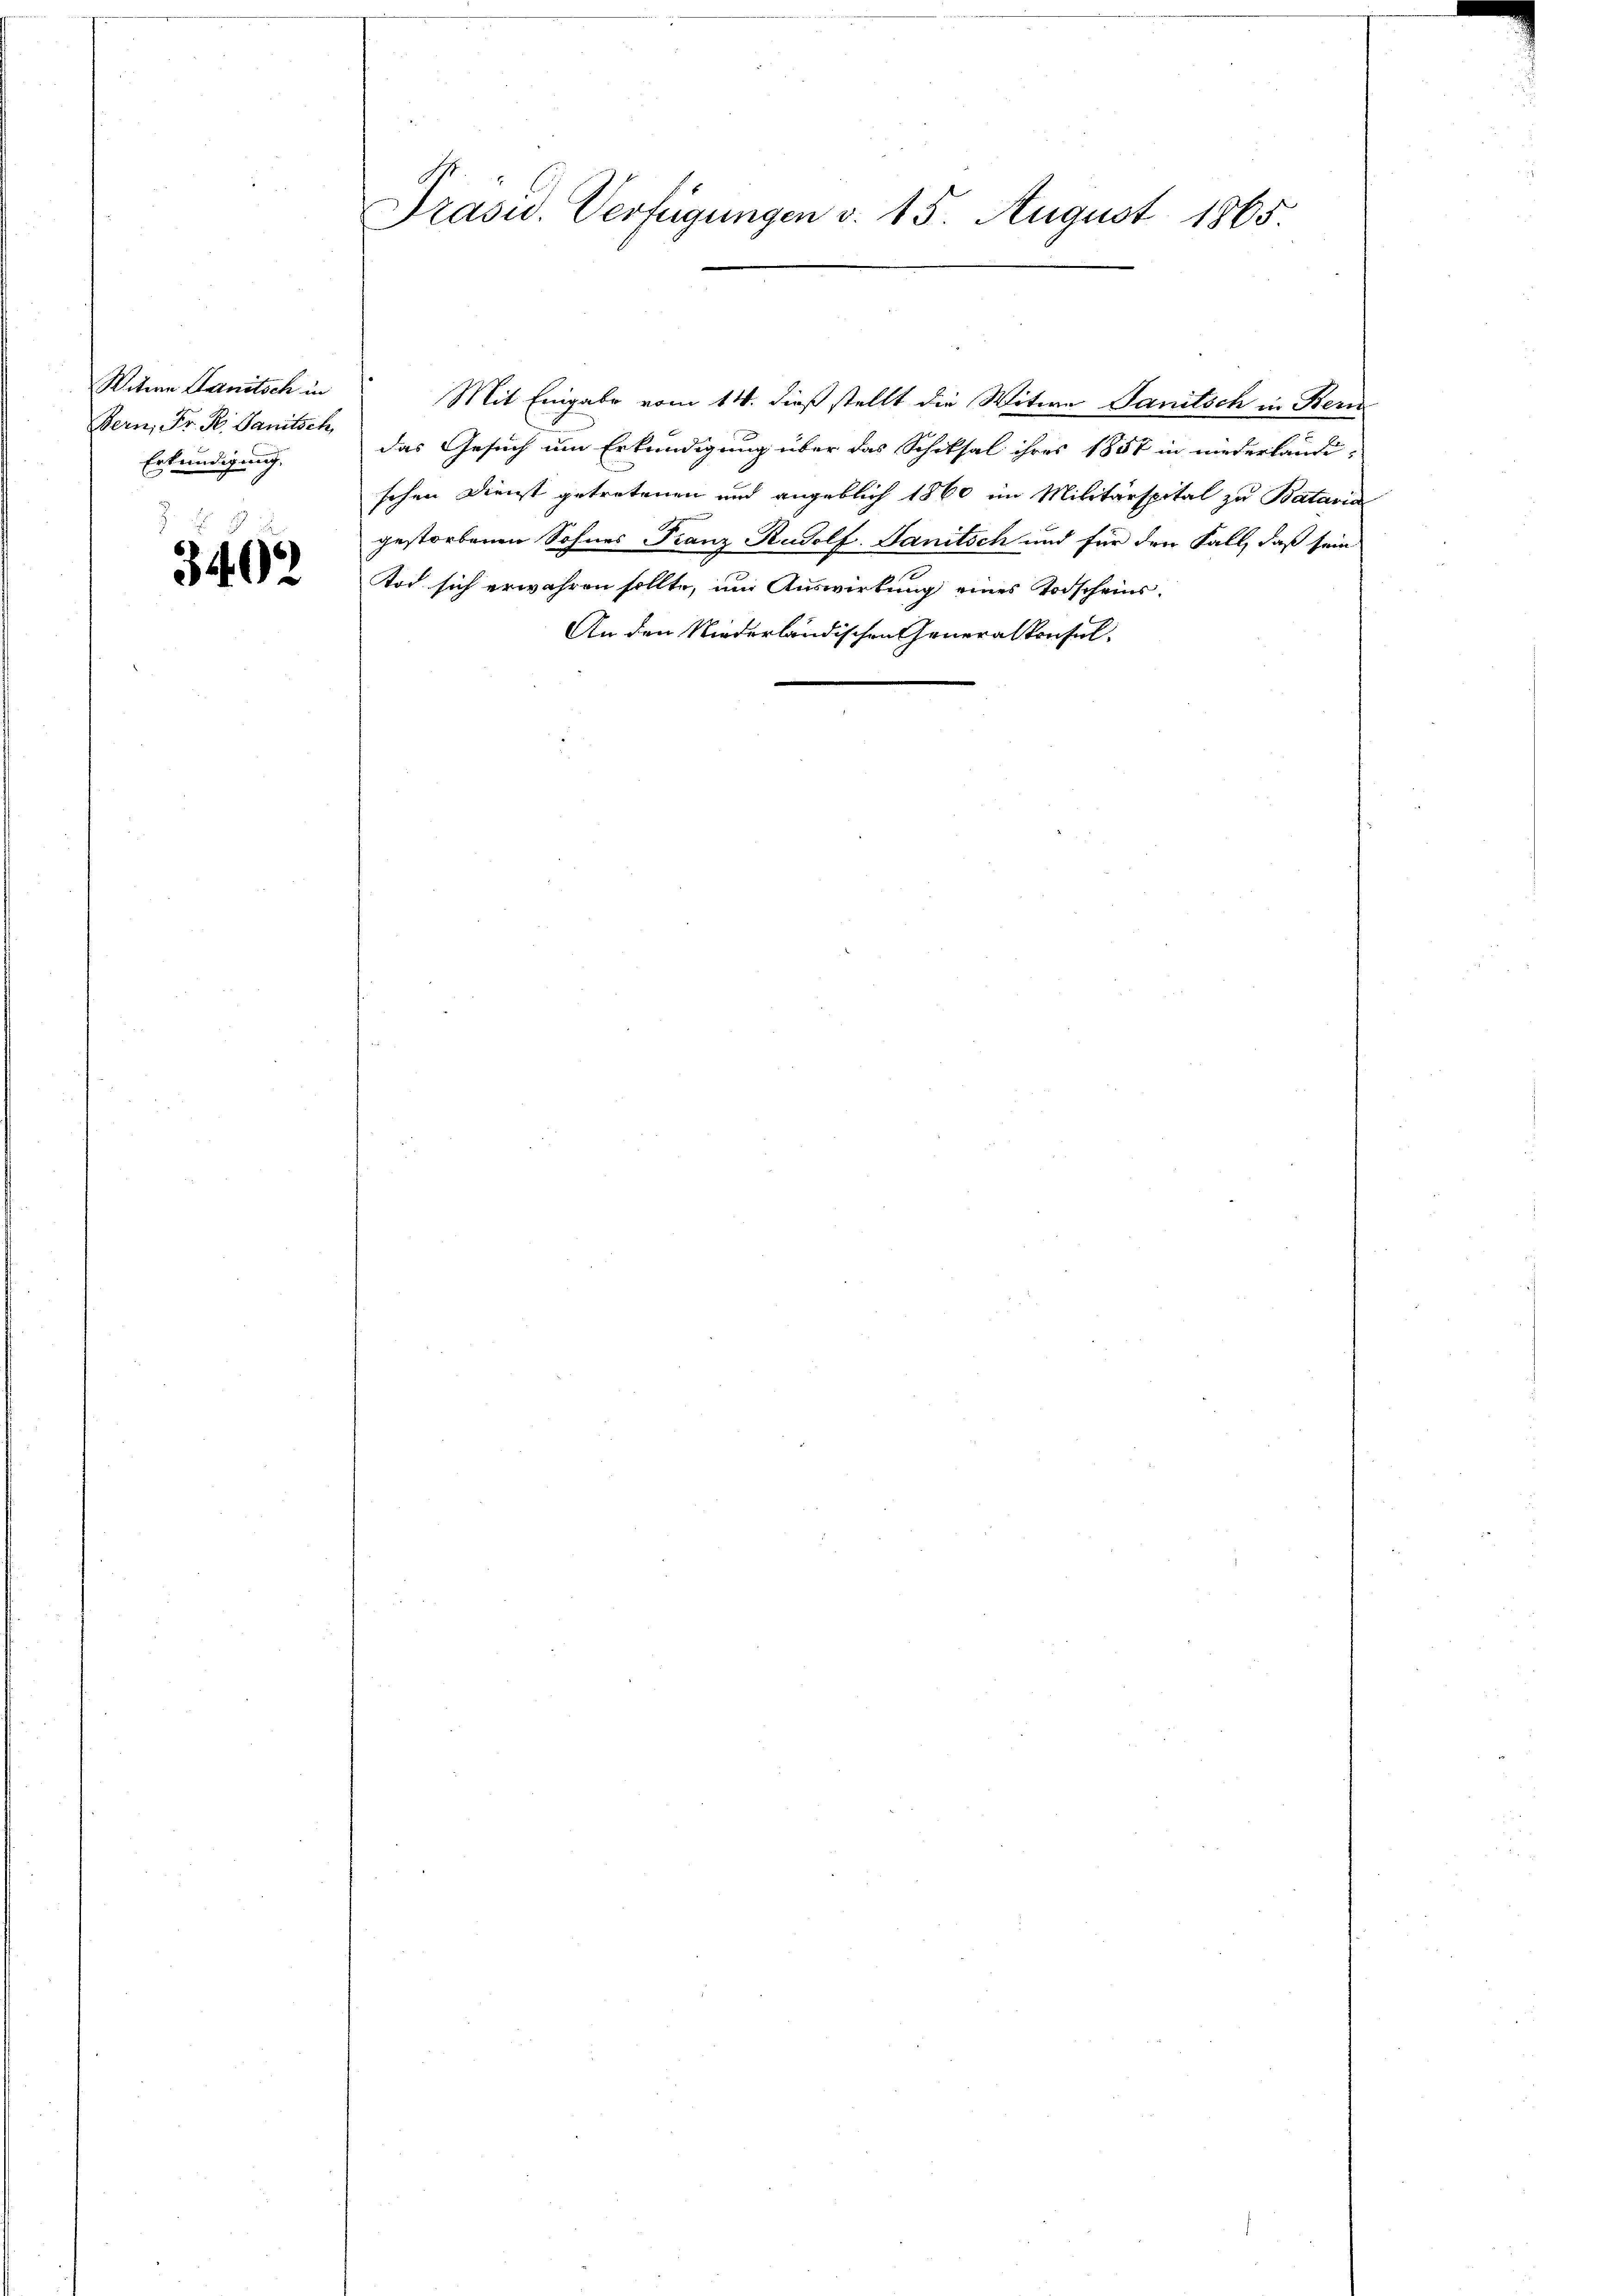
Witwe Sanitsch in
Bern, Fr. K. Sanitsch
Erkundigung.

3402

Präsid. Verfügungen v. 15. August 1865.

Mit Eingabe vom 14. dieß stellt die Witwe Sanitsch in Bern
das Gesuch um Erkundigung über das Schiksal ihres 1857 in niederländischen Dienst getretenen und angeblich 1860 im Militärspital zu Bataria
gestorbenen Sohnes Franz Rudolf. Danitsch und für den Fall, daß sein
Tod sich erwahren sollte, um Auswirkung eines Todscheins¬
An den Niederländischen Generalkonsul